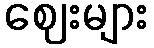
ဈေးများ